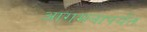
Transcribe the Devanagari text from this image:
आगमनापर्यंत